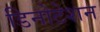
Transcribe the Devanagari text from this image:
डिनोटेशन